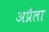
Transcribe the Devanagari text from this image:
अप्रैला